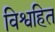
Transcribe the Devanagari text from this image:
विश्वहित